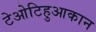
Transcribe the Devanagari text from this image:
टेओटिहुआकान